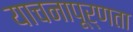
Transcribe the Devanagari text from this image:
याचनापूर्णता